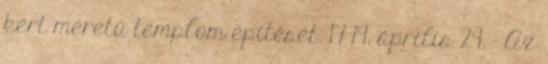
kért méretű templom építését. 1779. április 29. – Az